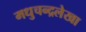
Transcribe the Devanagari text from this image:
मधुचन्द्रलेखा